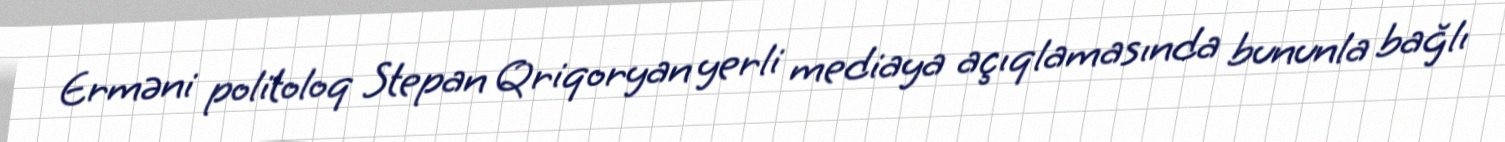
Erməni politoloq Stepan Qriqoryan yerli mediaya açıqlamasında bununla bağlı